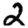
Digit: 2